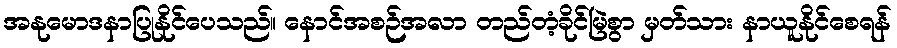
အနုမောဒနာပြုနိုင်ပေသည်။ နောင်အစဉ်အလာ တည်တံ့ခိုင်မြဲစွာ မှတ်သား နာယူနိုင်စေရန်